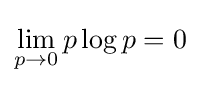
\lim _{p\to 0}p\log p=0